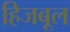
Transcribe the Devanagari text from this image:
हिजबूल